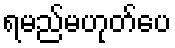
ရမည်မဟုတ်ပေ